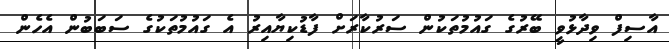
އާސިފް ވިދާޅުވީ ބޭރުގެ ގައުމުތަކުން ސަރުކާރަށް ފާޑުކިޔާއިރު އެ ގައުމުތަކުގެ ސަބަބުން އެހެން